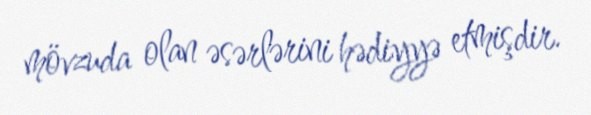
mövzuda olan əsərlərini hədiyyə etmişdir.